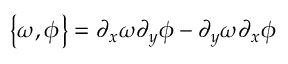
\left\{ \omega , \phi \right\} = \partial _ { x } \omega \partial _ { y } \phi - \partial _ { y } \omega \partial _ { x } \phi